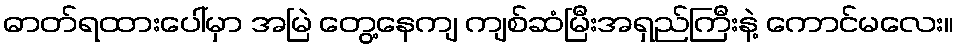
ဓာတ်ရထားပေါ်မှာ အမြဲ တွေ့နေကျ ကျစ်ဆံမြီးအရှည်ကြီးနဲ့ ကောင်မလေး။